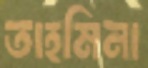
তাহমিনা